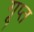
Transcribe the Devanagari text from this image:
गूप्त